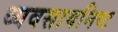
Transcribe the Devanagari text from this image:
व्यवसायनिष्ट